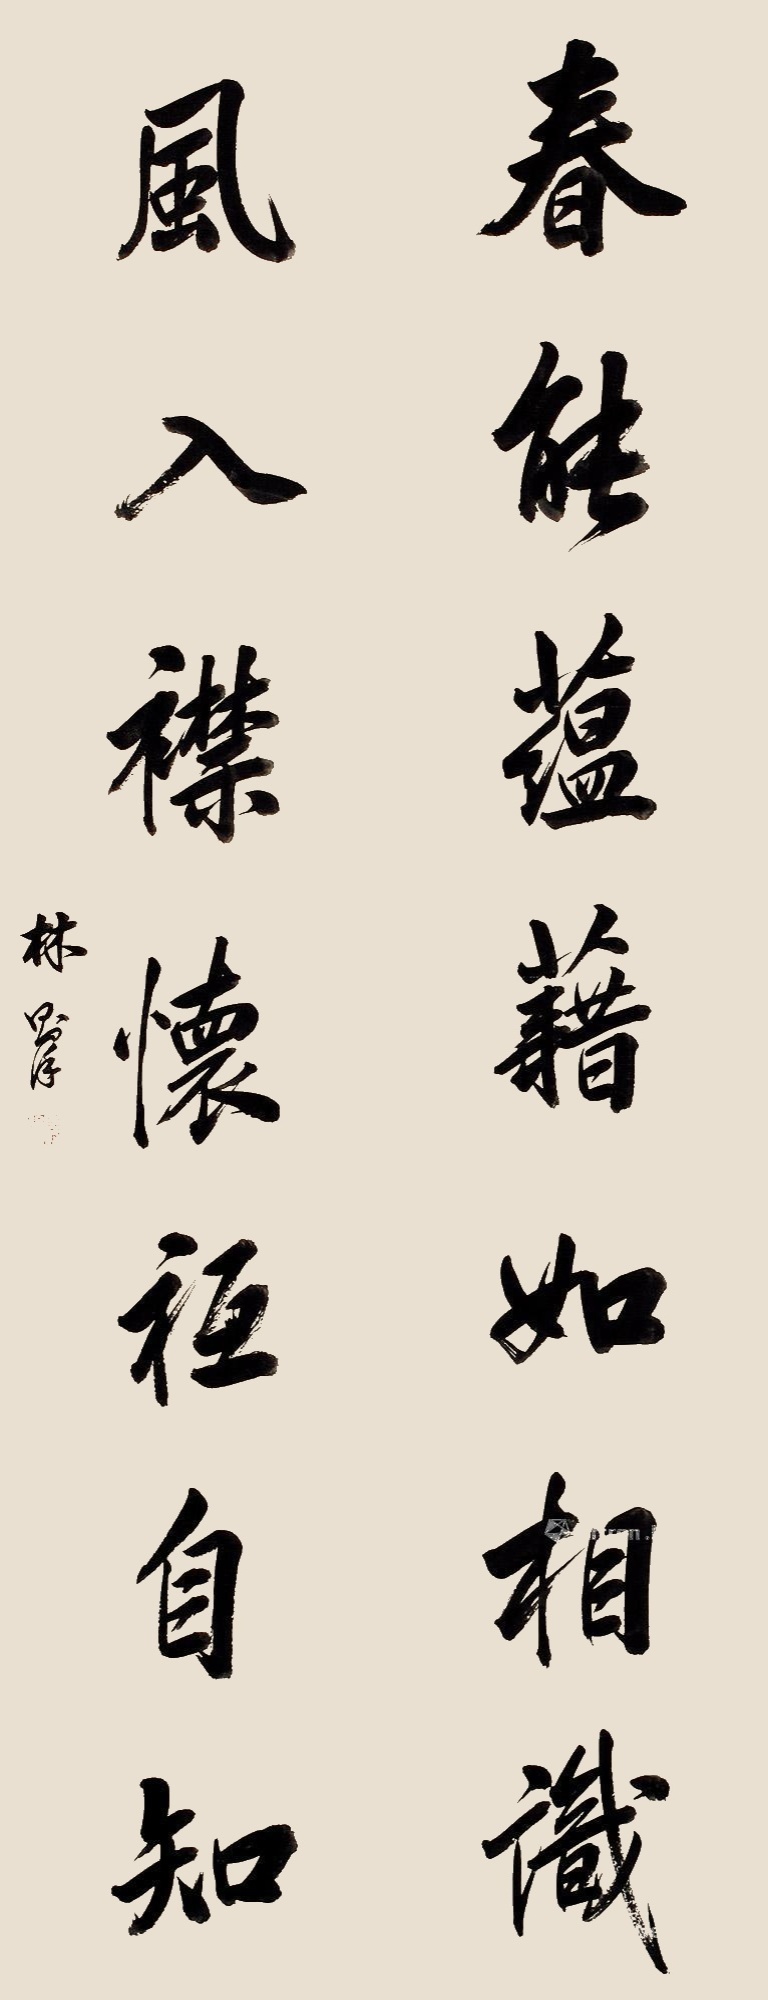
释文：春能蕴藉如相识，风入襟怀只自知。林则徐。